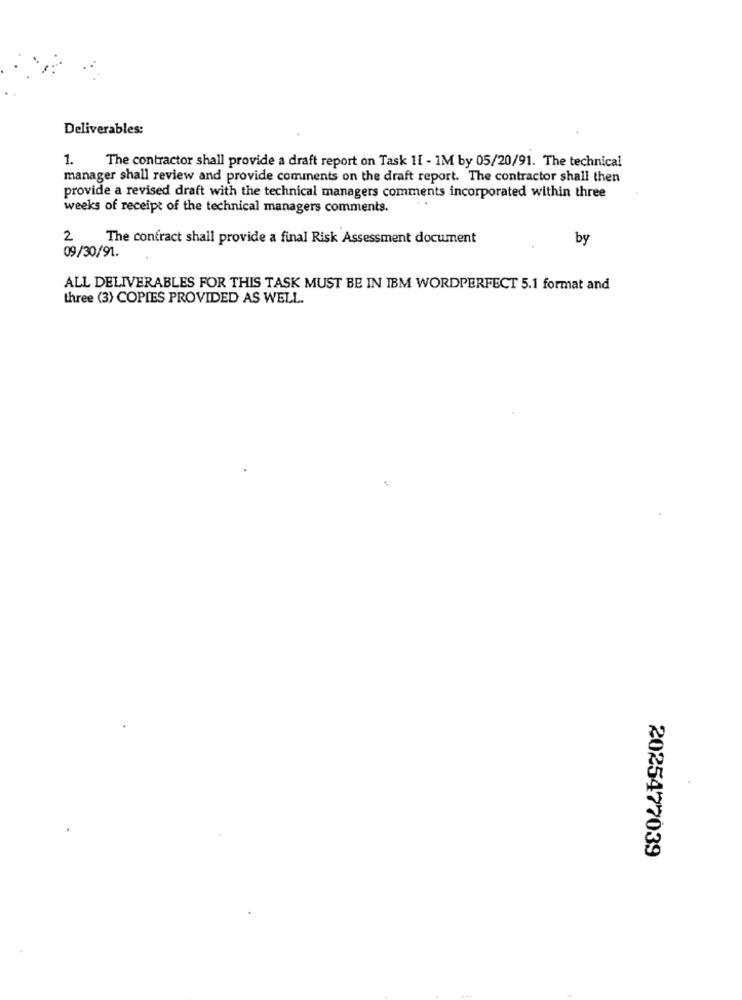
Deliverables:
1. The contractor shall provide a draft report on Task 11 - 1M by 05/20/91. The technical
manager shall review and provide comments on the draft report. The contractor shall then
provide a revised draft with the technical managers comments incorporated within three
..
weeks of receipt of the technical managers comments.
2
The contract shall provide a final Risk Assessment document
by
09/30/91.
ALL DELIVERABLES FOR THIS TASK MUST BE IN IBM WORDPERFECT 5.1 format and
three (3) COPIES PROVIDED AS WELL.
2025477039